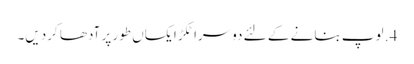
4. لوپ بنانے کے لئے دوسرا ٹکڑا یکساں طور پر آدھا کردیں۔